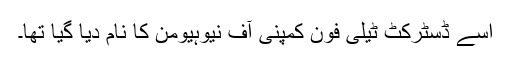
اسے ڈسٹرکٹ ٹیلی فون کمپنی آف نیوہیومن کا نام دیا گیا تھا۔